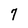
Character: 7